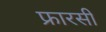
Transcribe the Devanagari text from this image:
फ्रारसी